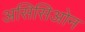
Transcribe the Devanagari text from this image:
असिसिओन